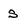
Character: s